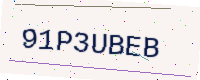
Text: 91P3UBEB